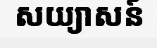
សយ្យាសន៍